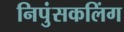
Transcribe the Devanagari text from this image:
निपुंसकलिंग